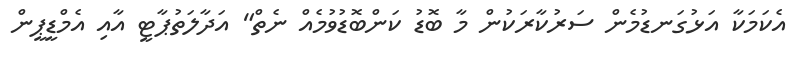
އެކަމަކާ އަޅުގަނޑުމެން ސަރުކާރަކުން މާ ބޮޑު ކަންބޮޑުވުމެއް ނެތް" އަދާލަތުޕާޓީ އާއި އެމްޑީޕީން